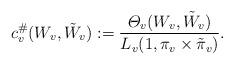
LaTeX: \begin{align*}c^\#_v(W_v,\tilde W_v): = \frac{\varTheta_v (W_v, \tilde W_v)}{L_v (1, \pi_v \times \tilde \pi_v)}. \end{align*}